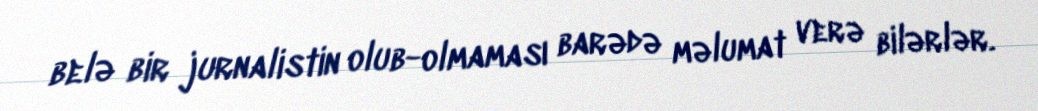
belə bir jurnalistin olub-olmaması barədə məlumat verə bilərlər.